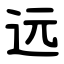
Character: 远